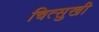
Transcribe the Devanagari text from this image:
चित्सुखी